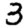
Digit: 3